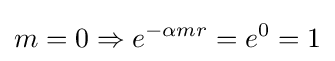
m=0\Rightarrow e^{-\alpha mr}=e^{0}=1